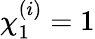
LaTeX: \chi_{1}^{(i)}=1